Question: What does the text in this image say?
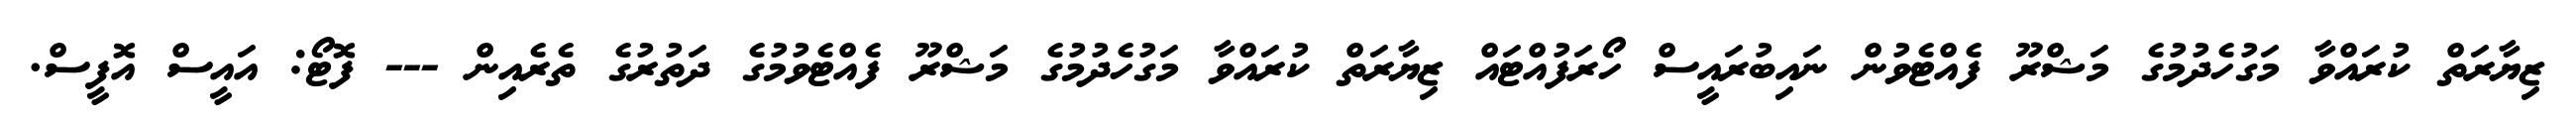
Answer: ޒިޔާރަތް ކުރައްވާ މަގުހެދުމުގެ މަޝްރޫ ފެއްޓެވުން ނައިބުރައީސް ހޯރަފުއްޓައް ޒިޔާރަތް ކުރައްވާ މަގުހެދުމުގެ މަޝްރޫ ފެއްޓެވުމުގެ ދަތުރުގެ ތެރެއިން --- ފޮޓޯ: އައީސް އޮފީސް.